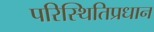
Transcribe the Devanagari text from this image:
परिस्थितिप्रधान